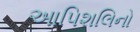
આપિશલિનો